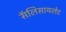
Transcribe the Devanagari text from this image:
सॅलिसायलेट